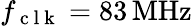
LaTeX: f_{\mathrm{~c~l~k~}}=83{}\, \mathrm{MHz}